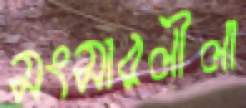
সংসারলীলা